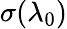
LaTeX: \sigma(\lambda_{0})